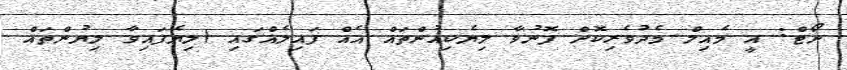
ނޯޓް: އީ މެއިލް މެދުވެރިކޮށް ފޮނުވާ ލިޔެކިއުންތައް އެއް ފައިލެއްގައި (ލިޔެފައިވާ ލިޔުންތައް